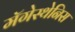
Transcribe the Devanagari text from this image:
मॅगेस्थेनिस